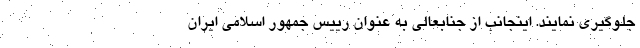
جلوگیری نمایند. اینجانب از جنابعالی به عنوان رییس جمهور اسلامی ایران